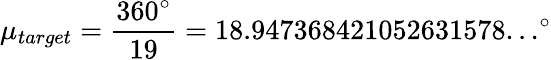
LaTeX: \mu_{target}={\frac{360^{\circ}}{19}}=18.947368421052631578...^{\circ}